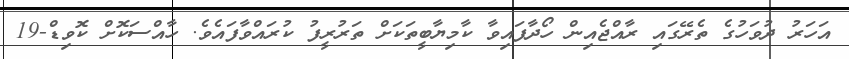
އަހަރު ދުވަހުގެ ތެރޭގައި ރާއްޖެއިން ހޯދާފައިވާ ކާމިޔާބީތަކަށް ތަރުރީފު ކުރައްވާފައެވެ. ހާއްސަކޮށް ކޮވިޑް-19